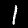
Digit: 1